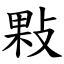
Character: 敤